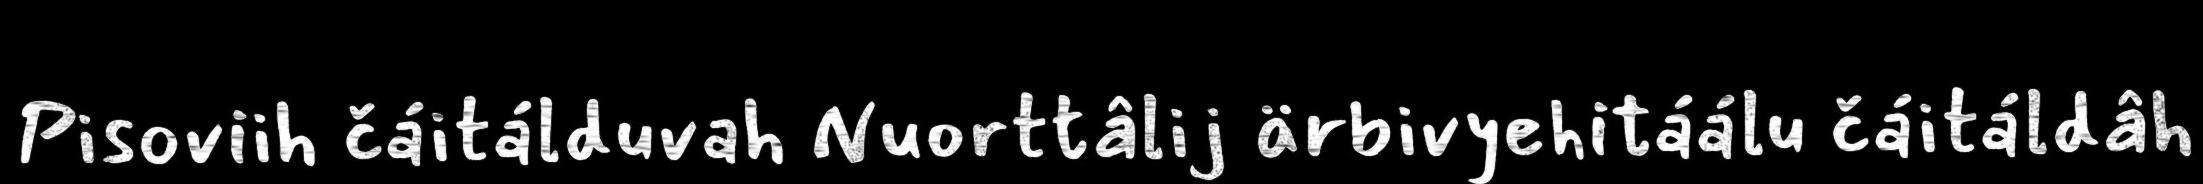
Pisoviih čáitálduvah Nuorttâlij ärbivyehitáálu čáitáldâh